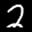
Label: 2